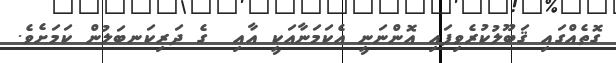
ގޮތެއްގައި ޤަބޫލުކުރެވިފައި އޮންނަނީ އެކަމަނާއަކީ އާއި  ގެ ދަރިކަނބަލުން ކަމަށެވެ.